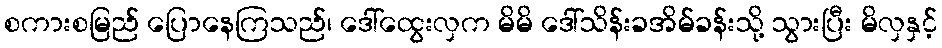
စကားစမြည် ပြောနေကြသည်၊ ဒေါ်ထွေးလှက မိမိ ဒေါ်သိန်းခအိမ်ခန်းသို့ သွားပြီး မိလှနှင့်